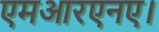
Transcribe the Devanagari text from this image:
एमआरएनए।